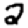
Digit: 2